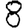
Digit: 8